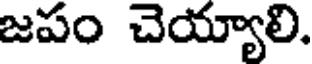
జపం చెయ్యాలి.